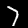
Label: 7